Report of cholera committee
Disease focus: Cholera
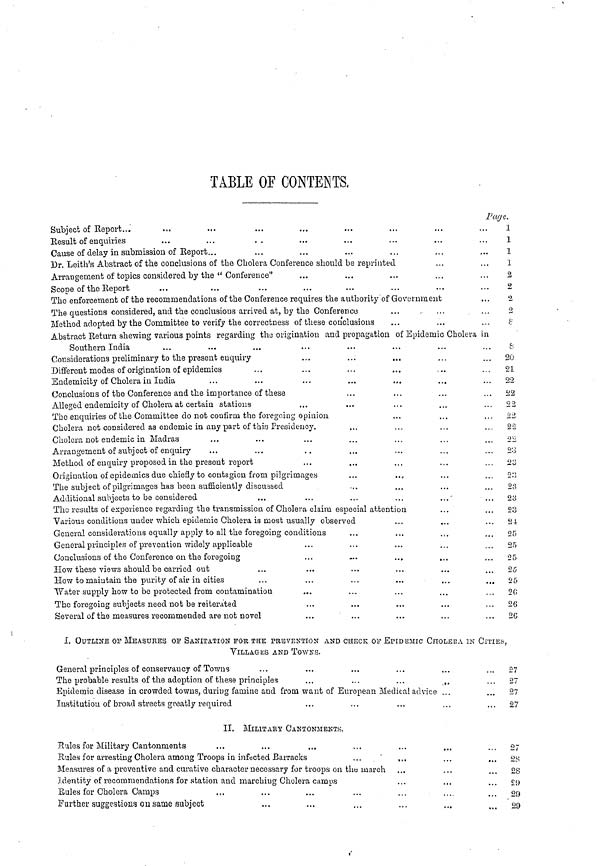
TABLE OF CONTENTS.
Subject of Report...
Result of enquiries
Cause of delay in submission of Report...
Dr. Leith's Abstract of the conclusions of the Cholera Conference should be reprinted
Arrangement of topics considered by the " Conference"
Scope of the Report
The enforcement of the recommendations of the Conference requires the authority of Government
The questions considered, and the conclusions arrived at, by the Conference
Method adopted by the Committee to verify the correctness of these conclusions
Page.
1
1
1
1
2
2
2
2
8
Abstract Return shewing various points regarding the origination and propagation of Epidemic Cholera in
Southern India
Considerations preliminary to the present enquiry
Different modes of origination of epidemics
Endemicity of Cholera in India
Conclusions of the Conference and the importance of these
Alleged endemicity of Cholera at certain stations
The enquiries of the Committee do not confirm the foregoing opinion
Cholera not considered as endemic in any part of this Presidency.
Cholera not endemic in Madras
Arrangement of subject of enquiry
Method of enquiry proposed in the present report
Origination of epidemics due chiefly to contagion from pilgrimages
The subject of pilgrimages has been sufficiently discussed
Additional subjects to be considered
The results of experience regarding the transmission of Cholera claim especial attention
Various conditions under which epidemic Cholera is most usually observed
General considerations equally apply to all the foregoing conditions
General principles of prevention widely applicable
Conclusions of the Conference on the foregoing
How these views should be carried out
How to maintain the purity of air in cities
Water supply how to be protected from contamination
The foregoing subjects need not be reiterated
Several of the measures recommended are not novel
20
21
22
22
22
22
22
22
23
23
23
23
23
23
24
25
25
•25
25
25
...
20
...
26
2G
I. OUTLINE OF MEASURES OF SANITATION FOR THE PREVENTION AND CHECK OF EPIDEMIC CHOLERA IN CITIES,
VILLAGES AND TOWNS.
General principles of conservancy of Towns
The probable results of the adoption of these principles
Epidemic disease in crowded towns, during famine and from want of European Medical advice
Institution of broad streets greatly required
27
27
27
27
II.
MILITARY CANTONMENTS.
Hules for Military Cantonments
Rules for arresting Cholera among Troops in infected Barracks
Measures of a preventive and curative character necessary for troops on the march
Identity of recommendations for station and marching Cholera camps
Rules for Cholera Camps
Further suggestions ou same subject
27
28
2S
£9
29
29